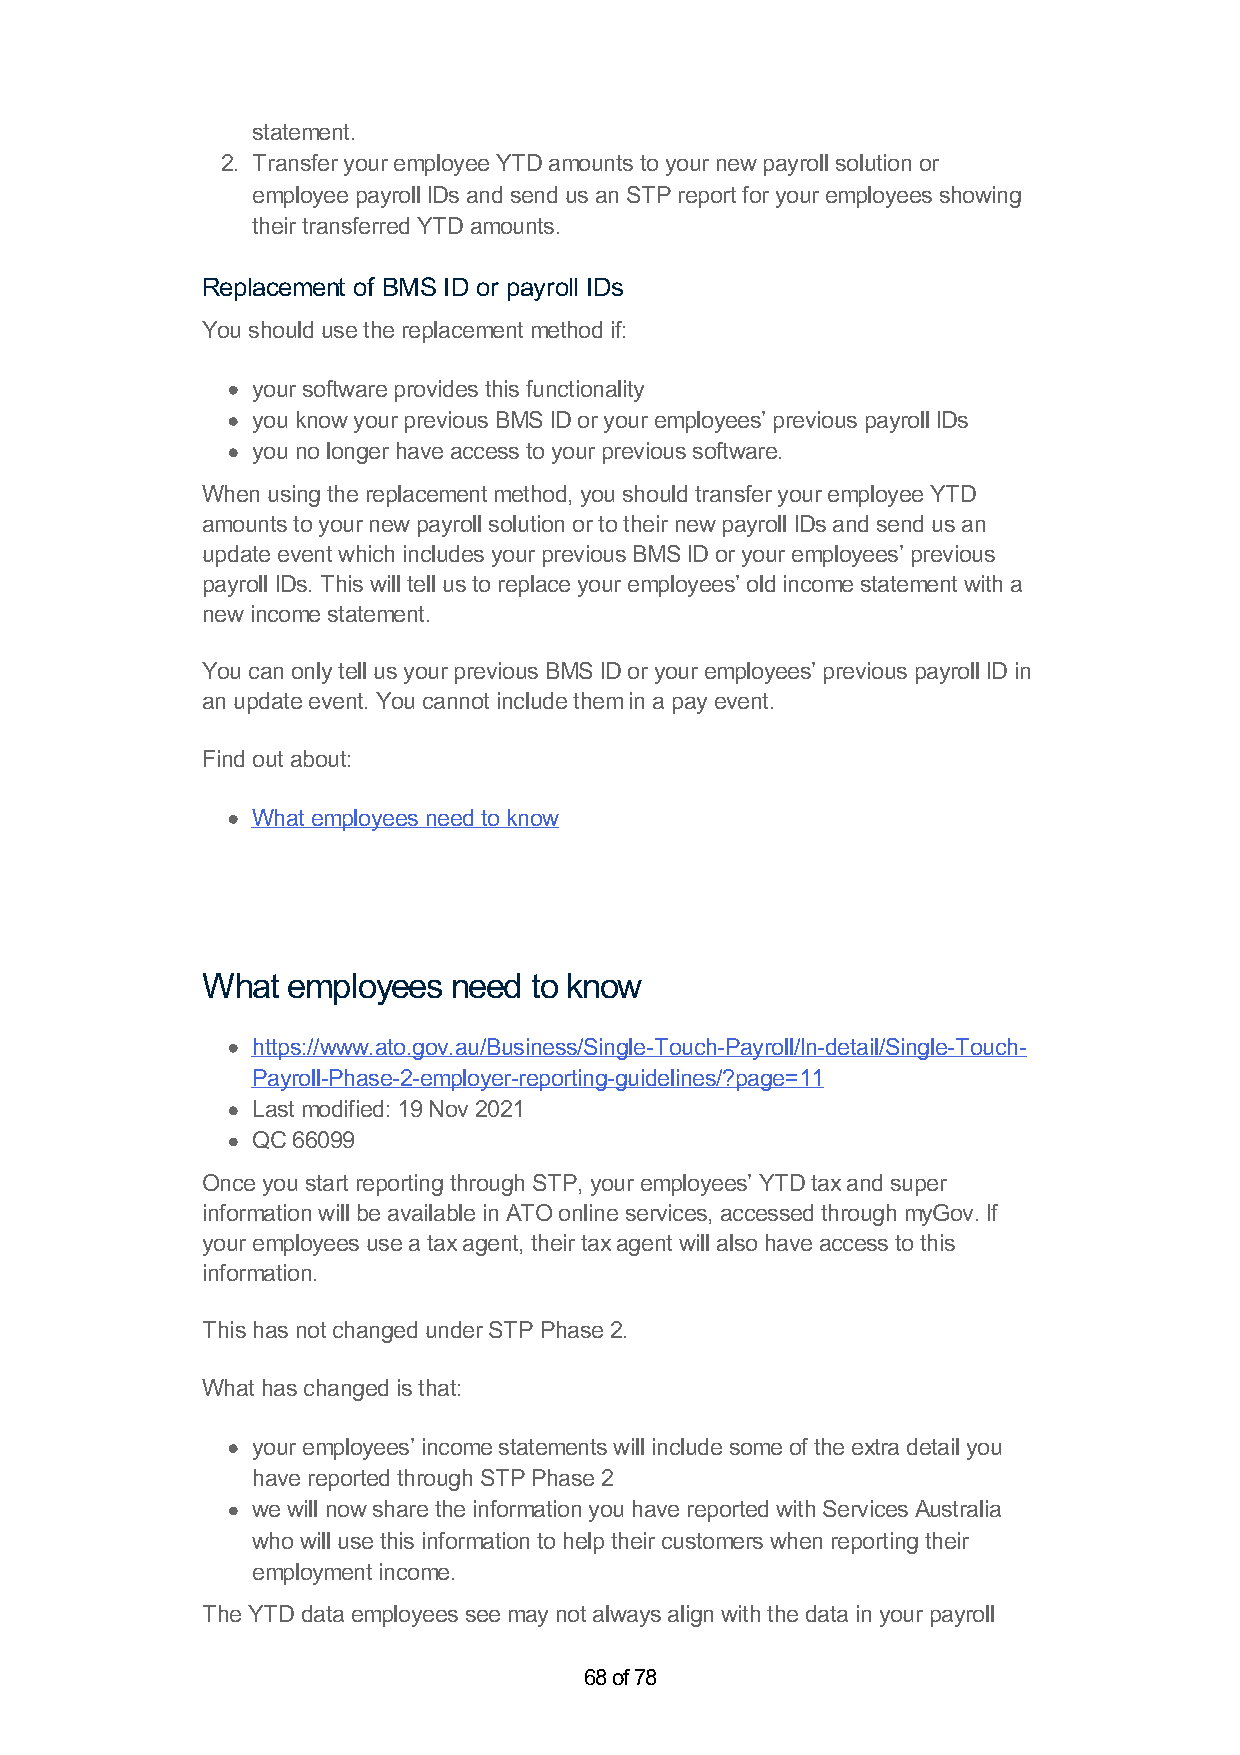
statement.
 2. Transfer your employee YTD amounts to your new payroll solution or
 employee payroll IDs and send us an STP report for your employees showing
 their transferred YTD amounts.
 Replacement of BMS ID or payroll IDs
 You should use the replacement method if:
 your software provides this functionality
 you know your previous BMS ID or your employees’ previous payroll IDs
 you no longer have access to your previous software.
 When using the replacement method, you should transfer your employee YTD
 amounts to your new payroll solution or to their new payroll IDs and send us an
 update event which includes your previous BMS ID or your employees’ previous
 payroll IDs. This will tell us to replace your employees’ old income statement with a
 new income statement.
 You can only tell us your previous BMS ID or your employees’ previous payroll ID in
 an update event. You cannot include them in a pay event.
 Find out about:
 What employees need to know
 What  employees  need to know
 https://www.ato.gov.au/Business/Single-Touch-Payroll/In-detail/Single-Touch-
 Payroll-Phase-2-employer-reporting-guidelines/?page=11
 Last modified: 19 Nov 2021
 QC 66099
 Once you start reporting through STP, your employees’ YTD tax and super
 information will be available in ATO online services, accessed through myGov. If
 your employees use a tax agent, their tax agent will also have access to this
 information.
 This has not changed under STP Phase 2.
 What has changed is that:
 your employees’ income statements will include some of the extra detail you
 have reported through STP Phase 2
 we will now share the information you have reported with Services Australia
 who will use this information to help their customers when reporting their
 employment income.
 The YTD data employees see may not always align with the data in your payroll
 68 of 78